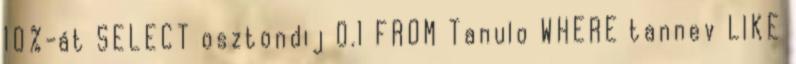
10%-át SELECT osztondij 0.1 FROM Tanulo WHERE tannev LIKE